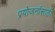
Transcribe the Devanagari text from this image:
प्रयोजनांसाठी